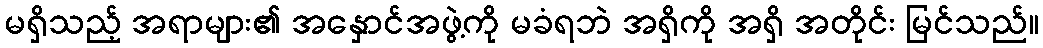
မရှိသည့် အရာများ၏ အနှောင်အဖွဲ့ကို မခံရဘဲ အရှိကို အရှိ အတိုင်း မြင်သည်။